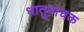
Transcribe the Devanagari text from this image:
धातुवाचक